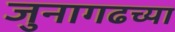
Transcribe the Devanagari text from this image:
जुनागढच्या